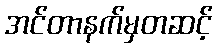
အင်တာနက်မှတဆင့်